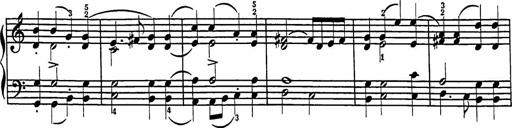
Title: 2 Sonatines
Composer: Richard Zeckwer